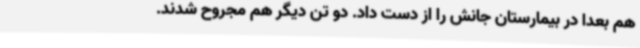
هم بعدا در بیمارستان جانش را از دست داد. دو تن دیگر هم مجروح شدند.